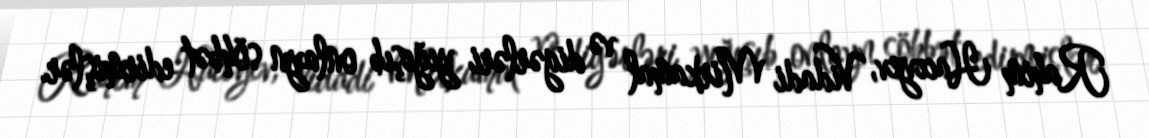
Rahim Hacıyev, Vidadi Mirkamal və digərləri yığışıb onlayn söhbət edirmişlər.